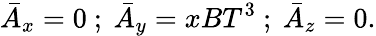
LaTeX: {\bar{A}}_{x}=0\ ;\ {\bar{A}}_{y}=xBT^{3}\ ;\ {\bar{A}}_{z}=0.